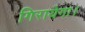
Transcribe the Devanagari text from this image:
गिरायेगा।